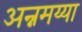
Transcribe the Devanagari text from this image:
अन्नमय्या